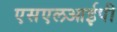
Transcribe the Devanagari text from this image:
एसएलआईपी